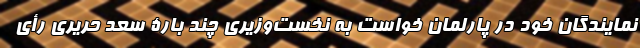
نمایندگان خود در پارلمان خواست به نخست‌وزیری چند بارۀ سعد حریری رأی